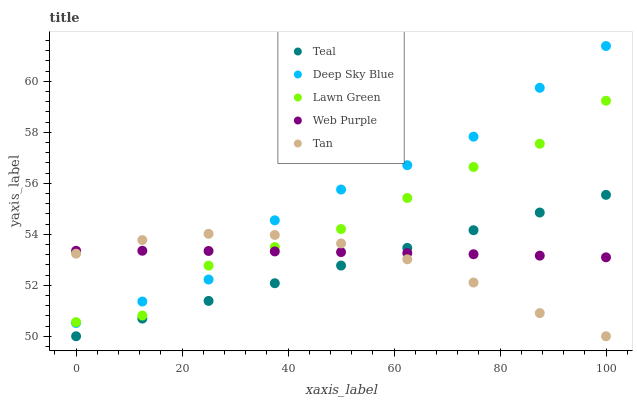
| xaxis_label | Teal | Deep Sky Blue | Lawn Green | Web Purple | Tan |
 | --- | --- | --- | --- | --- | --- |
 | 0 | 50 | 50.5 | 50.6 | 53.4 | 53.2 |
 | 12.5 | 50.7 | 51.4 | 50.8 | 53.4 | 53.8 |
 | 25 | 51.4 | 52.2 | 52.8 | 53.3 | 54 |
 | 37.5 | 52.1 | 54.5 | 53.5 | 53.3 | 54 |
 | 50 | 52.8 | 55.8 | 54.2 | 53.3 | 53.6 |
 | 62.5 | 53.5 | 56.7 | 55.4 | 53.3 | 53 |
 | 75 | 54.2 | 57.8 | 56.6 | 53.2 | 52.1 |
 | 87.5 | 54.9 | 59.7 | 57.6 | 53.2 | 50.9 |
 | 100 | 55.5 | 61.4 | 59.2 | 53.1 | 50 |